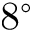
8 ^ { \circ }